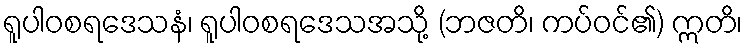
ရူပါဝစရဒေသနံ၊ ရူပါဝစရဒေသအသို့ (ဘဇတိ၊ ကပ်ဝင်၏) ဣတိ၊